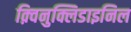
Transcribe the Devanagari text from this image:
क़्विनुक्लिडाइनिल